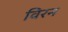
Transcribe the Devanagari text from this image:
विरन